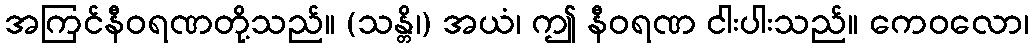
အကြင်နီဝရဏတို့သည်။ (သန္တိ၊) အယံ၊ ဤ နီဝရဏ ငါးပါးသည်။ ကေဝလော၊